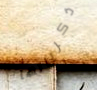
ذكرياتها